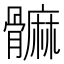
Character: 髍